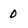
Character: 0